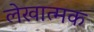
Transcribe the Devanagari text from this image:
लेखात्मक